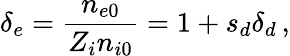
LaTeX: \delta_{e}=\frac{n_{e0}}{Z_{i}n_{i0}}=1+s_{d}\delta_{d}\, ,